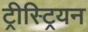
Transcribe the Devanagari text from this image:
ट्रीस्ट्रियन